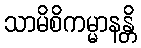
သာမိစိကမ္မာနန္တိ